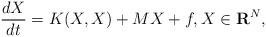
LaTeX: \begin{align*} \frac{dX}{dt}={ K}(X,X) + { M}X + { f},X \in {\bf R}^N, \end{align*}